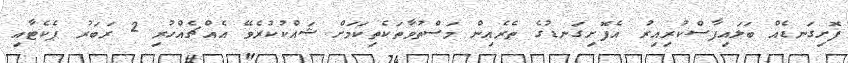
ފޮށިގަނޑެއް ބަލައިފާސްކުރިއިރު އެފޮށިގަނޑުގެ ތެރެއިން މަސްތުވާތަކެތިކަމަށް ޝައްކުކުރެވޭ އެއްޗެއްހުރި 2 ރަބަރު ޕެކެޓާއި